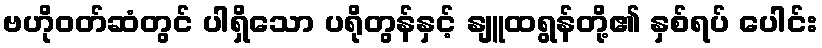
ဗဟိုဝတ်ဆံတွင် ပါရှိသော ပရိုတွန်နှင့် နျူထရွန်တို့၏ နှစ်ရပ် ပေါင်း